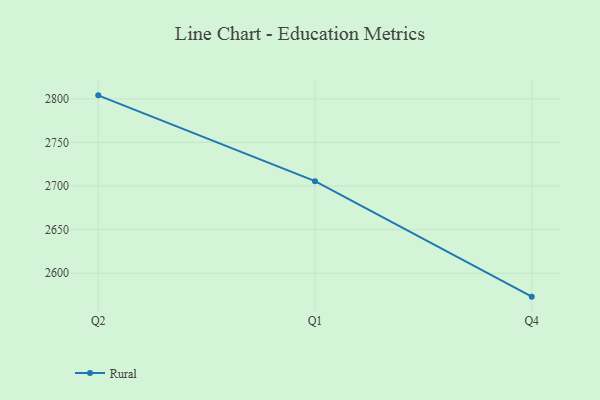
{"axis": {"x": "Quarter", "y": "LTV (USD)"}, "legend": ["Rural"], "data": [{"x": "Q2", "y": 2804.0, "type": "Rural"}, {"x": "Q1", "y": 2705.6, "type": "Rural"}, {"x": "Q4", "y": 2573.1, "type": "Rural"}]}